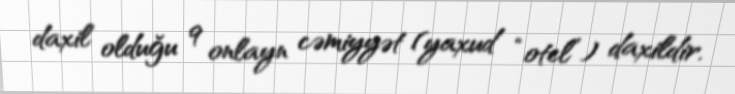
daxil olduğu 9 onlayn cəmiyyət (yaxud “otel”) daxildir.